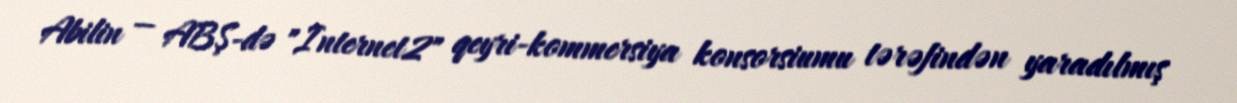
Abilin — ABŞ-də "Internet2" qeyri-kommersiya konsorsiumu tərəfindən yaradılmış